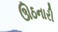
ઊઠનારી